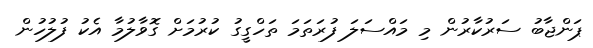
ޕަންޖާބު ސަރުކާރުން މި މައްސަލަ ފުރަތަމަ ތަހްގީގު ކުރުމަށް ގޮވާލުމާ އެކު ފުލުހުން